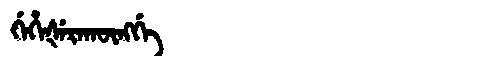
Manchu: ᡤᡝᡥᡝᡧᡝᡵᠠᡴᡡᠩᡤᡝ
Romanization: GEHEŠERAKŪNGGE